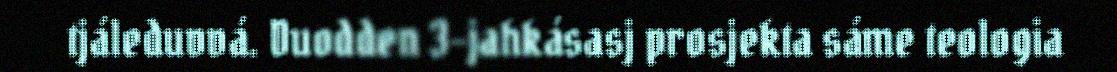
tjáleduvvá. Duodden 3-jahkásasj prosjekta sáme teologia